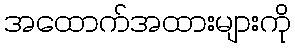
အထောက်အထားများကို